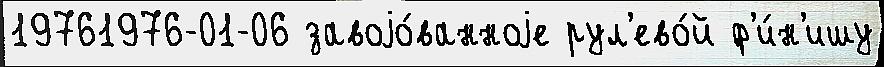
19761976-01-06 завоjо́ванноjе рул'ево́й ф'и́н'ишу